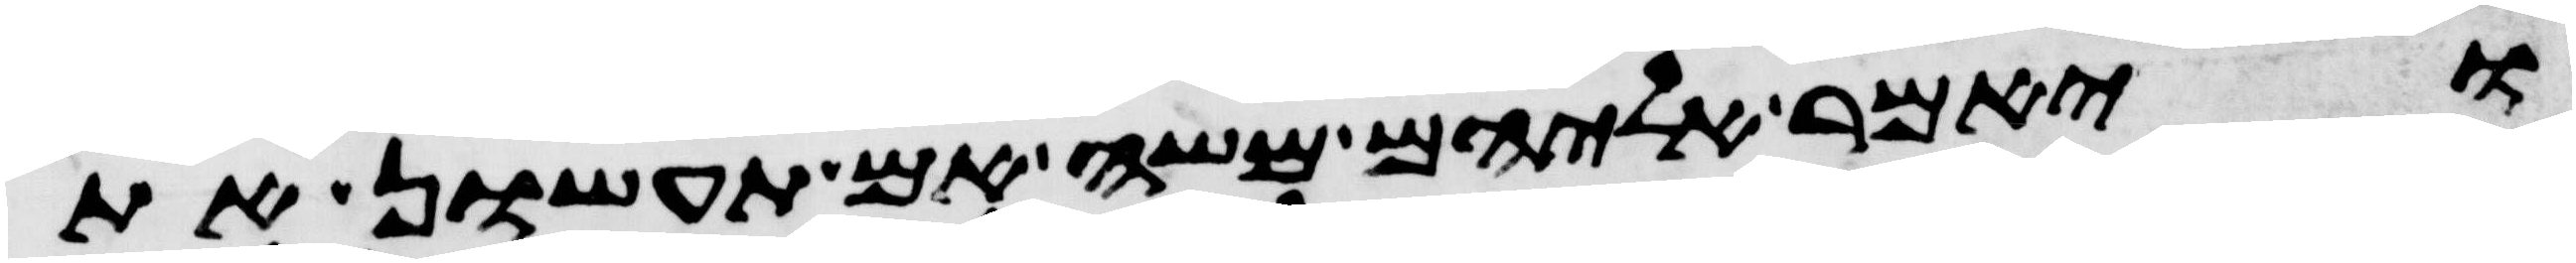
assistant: ויאמר אליהם משה אם תעשון את